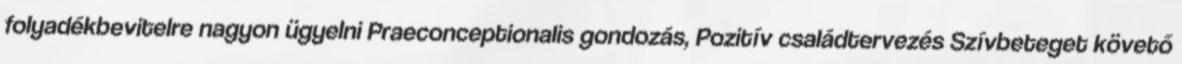
folyadékbevitelre nagyon ügyelni Praeconceptionalis gondozás, Pozitív családtervezés Szívbeteget követő